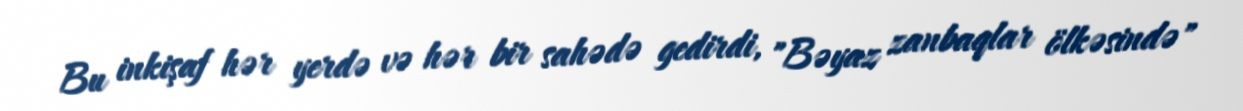
Bu inkişaf hər yerdə və hər bir sahədə gedirdi, "Bəyaz zanbaqlar ölkəsində"